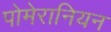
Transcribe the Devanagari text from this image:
पोमेरानियन